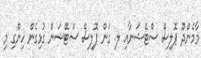
މާމެންދޫ ޕޮލިސް ސްޓޭޝަނާއި ލ. ގަން ޕޮލިސް ސްޓޭޝަން ގުޅިގެން ހިންގި މި